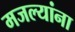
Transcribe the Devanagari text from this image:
मजल्यांना